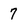
Character: 7